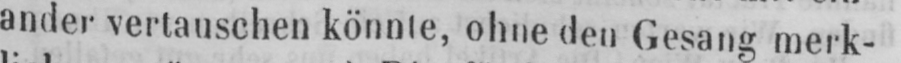
ander vertauschen könnte, ohne den Gesang merk-